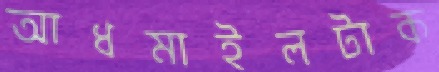
আধমাইলটাক